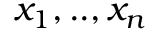
x _ { 1 } , . . , x _ { n }